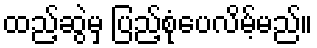
ထည့်ဆွဲမှ ပြည့်စုံပေလိမ့်မည်။